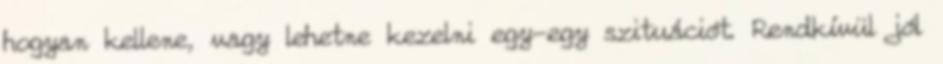
hogyan kellene, vagy lehetne kezelni egy-egy szituációt. Rendkívül jól